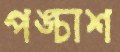
পঙ্চাশ